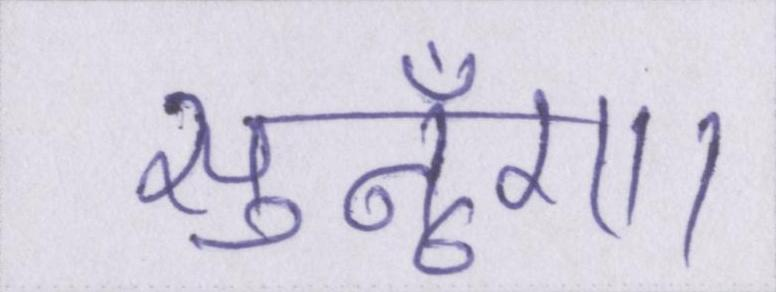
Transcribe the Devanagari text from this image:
सुनूँगा।